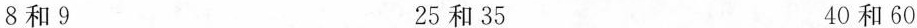
8和9 25和35 40和60